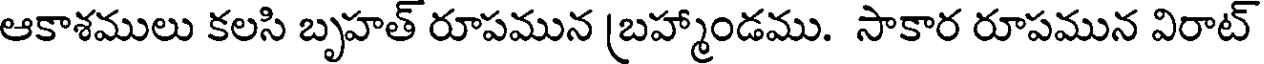
ఆకాశములు కలసి బృహత్ రూపమున (బహ్మాండము. సాకార రూపమున విరాట్